Memorandum on the prevention of leprosy by segregation of the affected
Disease focus: Leprosy
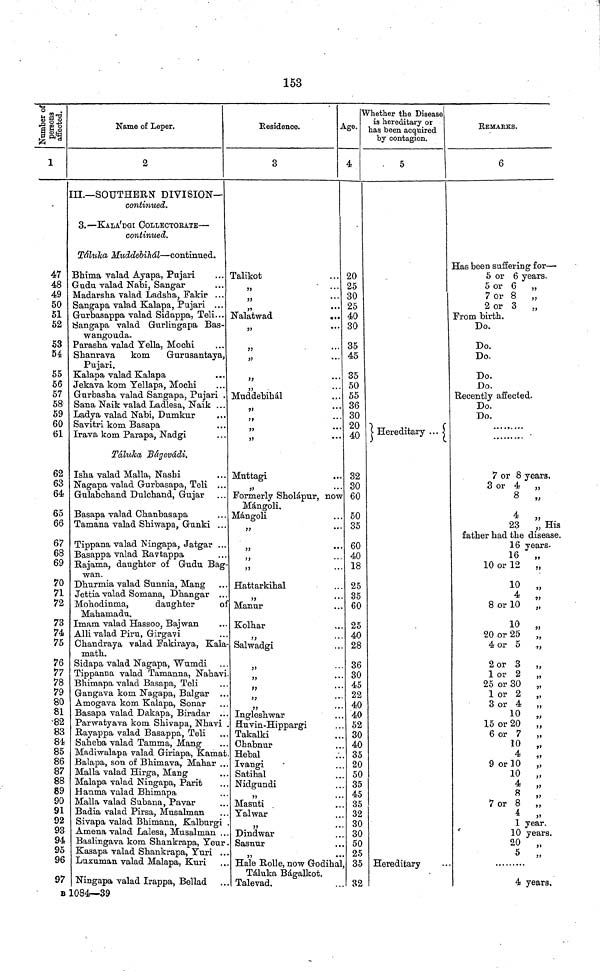
153
Number of persons affected
1
47
48
49
50
51
52
S3
54
55
56
57
58
59
60
61
62
63
64
65
66
67
68
69
70
71
72
73
74
75
76
77
78
79
80
81
•82
83
84
85
86
87
88
89
90
91
92
93
94
95
96
97
B
Name of Leper.
2
III.—SOUTHERN DIVISION—
continued.
3.—KALA'DGI COLLECTORÀTE—
continued.
Táluka Muddebihál—continued.
Bhima valad Ayapa, Pujari
Gudu valad Nabi, Sangar
Madarsha valad Ladsha, Fakir ...
Sangapa valad Kalapa, Pujari ...
Gurbasappa valad Sidappa, Teli...
Sangapa valad Gurlingapa Bas-
wangouda.
Parasha valad Telia, Mochi
Shanrava kom
Gurusantaya,
Pujari.
Kalapa valad Kalapa
Jekava kom Yellapa, Mochi
Gurbasha valad Sangapa, Pujari .
Sana Naik valad Ladlesa, Naik ...
Lady a valad Nabi, Dumkur
Savitri kom Basapa
Irava kom Parapa, Nadgi
Taluka Bágevádi.
Isha valad Malla, Nashi
Nagapa valad Gurbasapa, Teli ...
Gulabchand Dulchand, Gujar
Basapa valad Ohanbasapa
Tamana valad Shiwapa, Gunki ...
Tippana valad Ningapa, Jatgar ...
Basappa valad Ravtappa
Rajama, daughter of Gudu Bag
wan.
Dhurmia valad Sunnia, Mang
Jettia valad Somana, Dhangar .
Mohodinma,
daughter
o:
Mahamadu.
Imam valad Hassoo, Bajwan
Alii valad Piru, Girgavi
Chandraya valad Fakiraya, Kala
math.
Sidapa valad Nagapa, "Wumdi
Tippanna valad Tamanna, Nahav
Bhimapa valad Basapa, Teli
Gangava kom Nagapa, Balgar .
Amogava kom Kalapa, Sonar
Basapa valad Dakapa, Biradar .
Parwatyava kom Shivapa, Nhavi
Rayappa valad Basappa, Teli
Saheba valad Tamma, Mang
Madiwalapa valad Giriapa, Kamat
Balapa, son of Bhimava, Mahar .
Malla valad Hirga, Mang
Malapa valad Ningapa, Parit
Hanma valad Bhimapa
Malla valad Subana, Pavar
Badia valad Pirsa, Musalman
Sivapa valad Bhimana, Kalburgi
Amena valad Lalesa, Musalman .
Baslingava kom Shankrapa, Yeur
Kasapa valad Shankrapa, Yuri .
Luxuman valad Malapa, Kuri
Ningapa valad Irappa, Bellad
1084—39
Residence.
A
3
Talikot
"
• • .
Nalatwad
...
5
"
• • •
77
• " '
" ...
"
• • •
Muddebihál
...
"
* * *
"
• • •
"
* * *
Muttagi
"
• '
Formerly Sholápur, now
Mángoli.
Mángoli
••
"
••
"
Hattarkihal
"
Manur
Kolhar
Salwadgi
''
*
,,
»
"
*
"
*
,,
.
Ingleshwar
fluvin-Hippargi
Takalki
Chabnur
Hebal
Ivangi
Satihal
Nidgundi
"
•
Masuti
Yalwar
Dindwar
Sasnur
Hale Rolle, now Godiha
Táluka Bágalkot.
Talevad.
Age.
4
20
25
30
25
40
30
35
45
35
50
55
36
30
20
40
32
30
60
50
35
60
40
18
25
35
60
25
40
28
36
30
45
22
40
40
52
30
40
35
20
50
35
45
35
32
30
30
50
25
35
32
Whether the Disease
is hereditary or
has been acquired
by contagion.
5
Hereditary ...
Hereditary
REMARKS.
6
Has been suffering for—
5 or 6 years.
5 or 6 „
7 or 8 „
2 or 3 „
From birth.
Do.
Do.
Do-
Do.
Do.
Recently affected.
Do.
Do.
7 or 8 years.
3 or 4 „
8 „
4 „
23 „ His
father had the disease.
16 years-
16
10 or 12 „
8 or 10 „
10 „
20 or 25 „
4 or 5 „
2 or 3 „
l or 2 „
25 or 30 „
1 or 2 „
3 or 4 „
10 „
15 or 20 „
6 or 7 „
10 „
4 „
9 or 10 „
10 „
4
„
"
7 or 8 „
4 „
1 year.
10 years.
20 „
5 „
4 years.